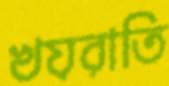
খয়রাতি